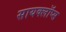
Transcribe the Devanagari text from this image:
सायक्लॉप्स